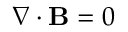
\nabla \cdot { \mathbf { B } } = 0